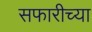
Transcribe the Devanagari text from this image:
सफारीच्या